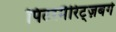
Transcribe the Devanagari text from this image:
पिटरमैरिट्ज़बर्ग